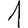
Digit: 1